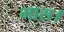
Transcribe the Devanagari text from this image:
मास।